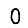
Digit: 0